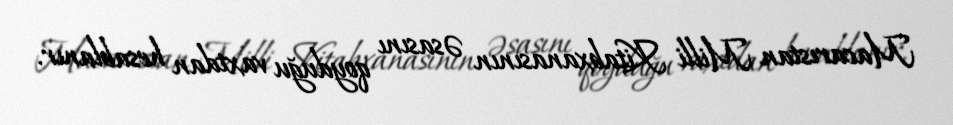
Macarıstan Milli Kitabxanasının əsasını qoyduğu vaxtdan hesablanır.